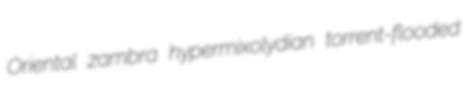
Oriental zambra hypermixolydian torrent-flooded